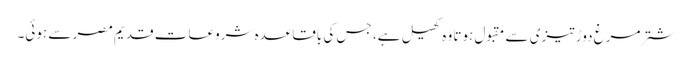
شتر مرغ دوڑ تیزی سے مقبول ہوتا وہ کھیل ہے، جس کی باقاعدہ شروعات قدیم مصر سے ہوئی۔